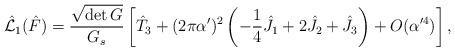
LaTeX: \begin{align*}\hat{{\cal L}}_1 (\hat{F}) =\frac{\sqrt{\det G}}{G_s} \left[\hat{T}_3 + (2 \pi \alpha')^2\left( -\frac{1}{4} \hat{J}_1 + 2 \hat{J}_2 + \hat{J}_3\right) + O(\alpha'^4)\right],\end{align*}